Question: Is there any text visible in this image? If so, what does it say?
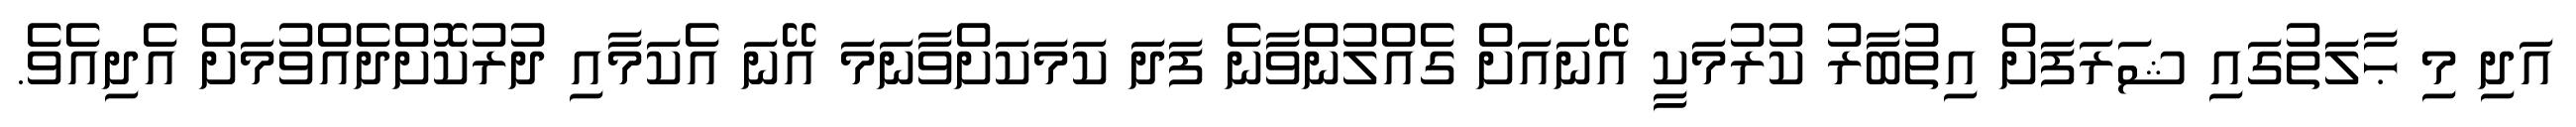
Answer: އަދި މި ޙާލަތުގައި ޝަރަފަށް އިތުބާރު ކުރުމަކީ އޭނައަށް ގެއްލުންވާނެ ފަދަ ކަމަކަށްވާނަމަ އޭނަ އެކަމާއި ދުރުކޮށްދެއްވުމަށް އެދިއެވެ.